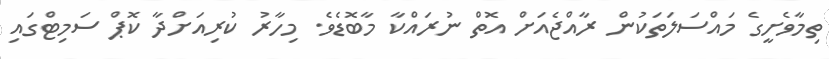
ތިމާވެށީގެ މައްސަލަަތަކުން ރާއްޖެއަށް އޮތް ނުރައްކާ މާބޮޑެވެެ. މިހާރު ކުރިއަށްދާ ކޮޕް ސަމިޓްގައި